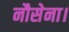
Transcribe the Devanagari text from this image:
नौसेना।